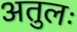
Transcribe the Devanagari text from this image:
अतुलः